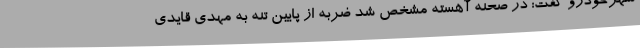
شهرخودرو گفت: در صحنه آهسته مشخص شد ضربه از پایین تنه به مهدی قایدی